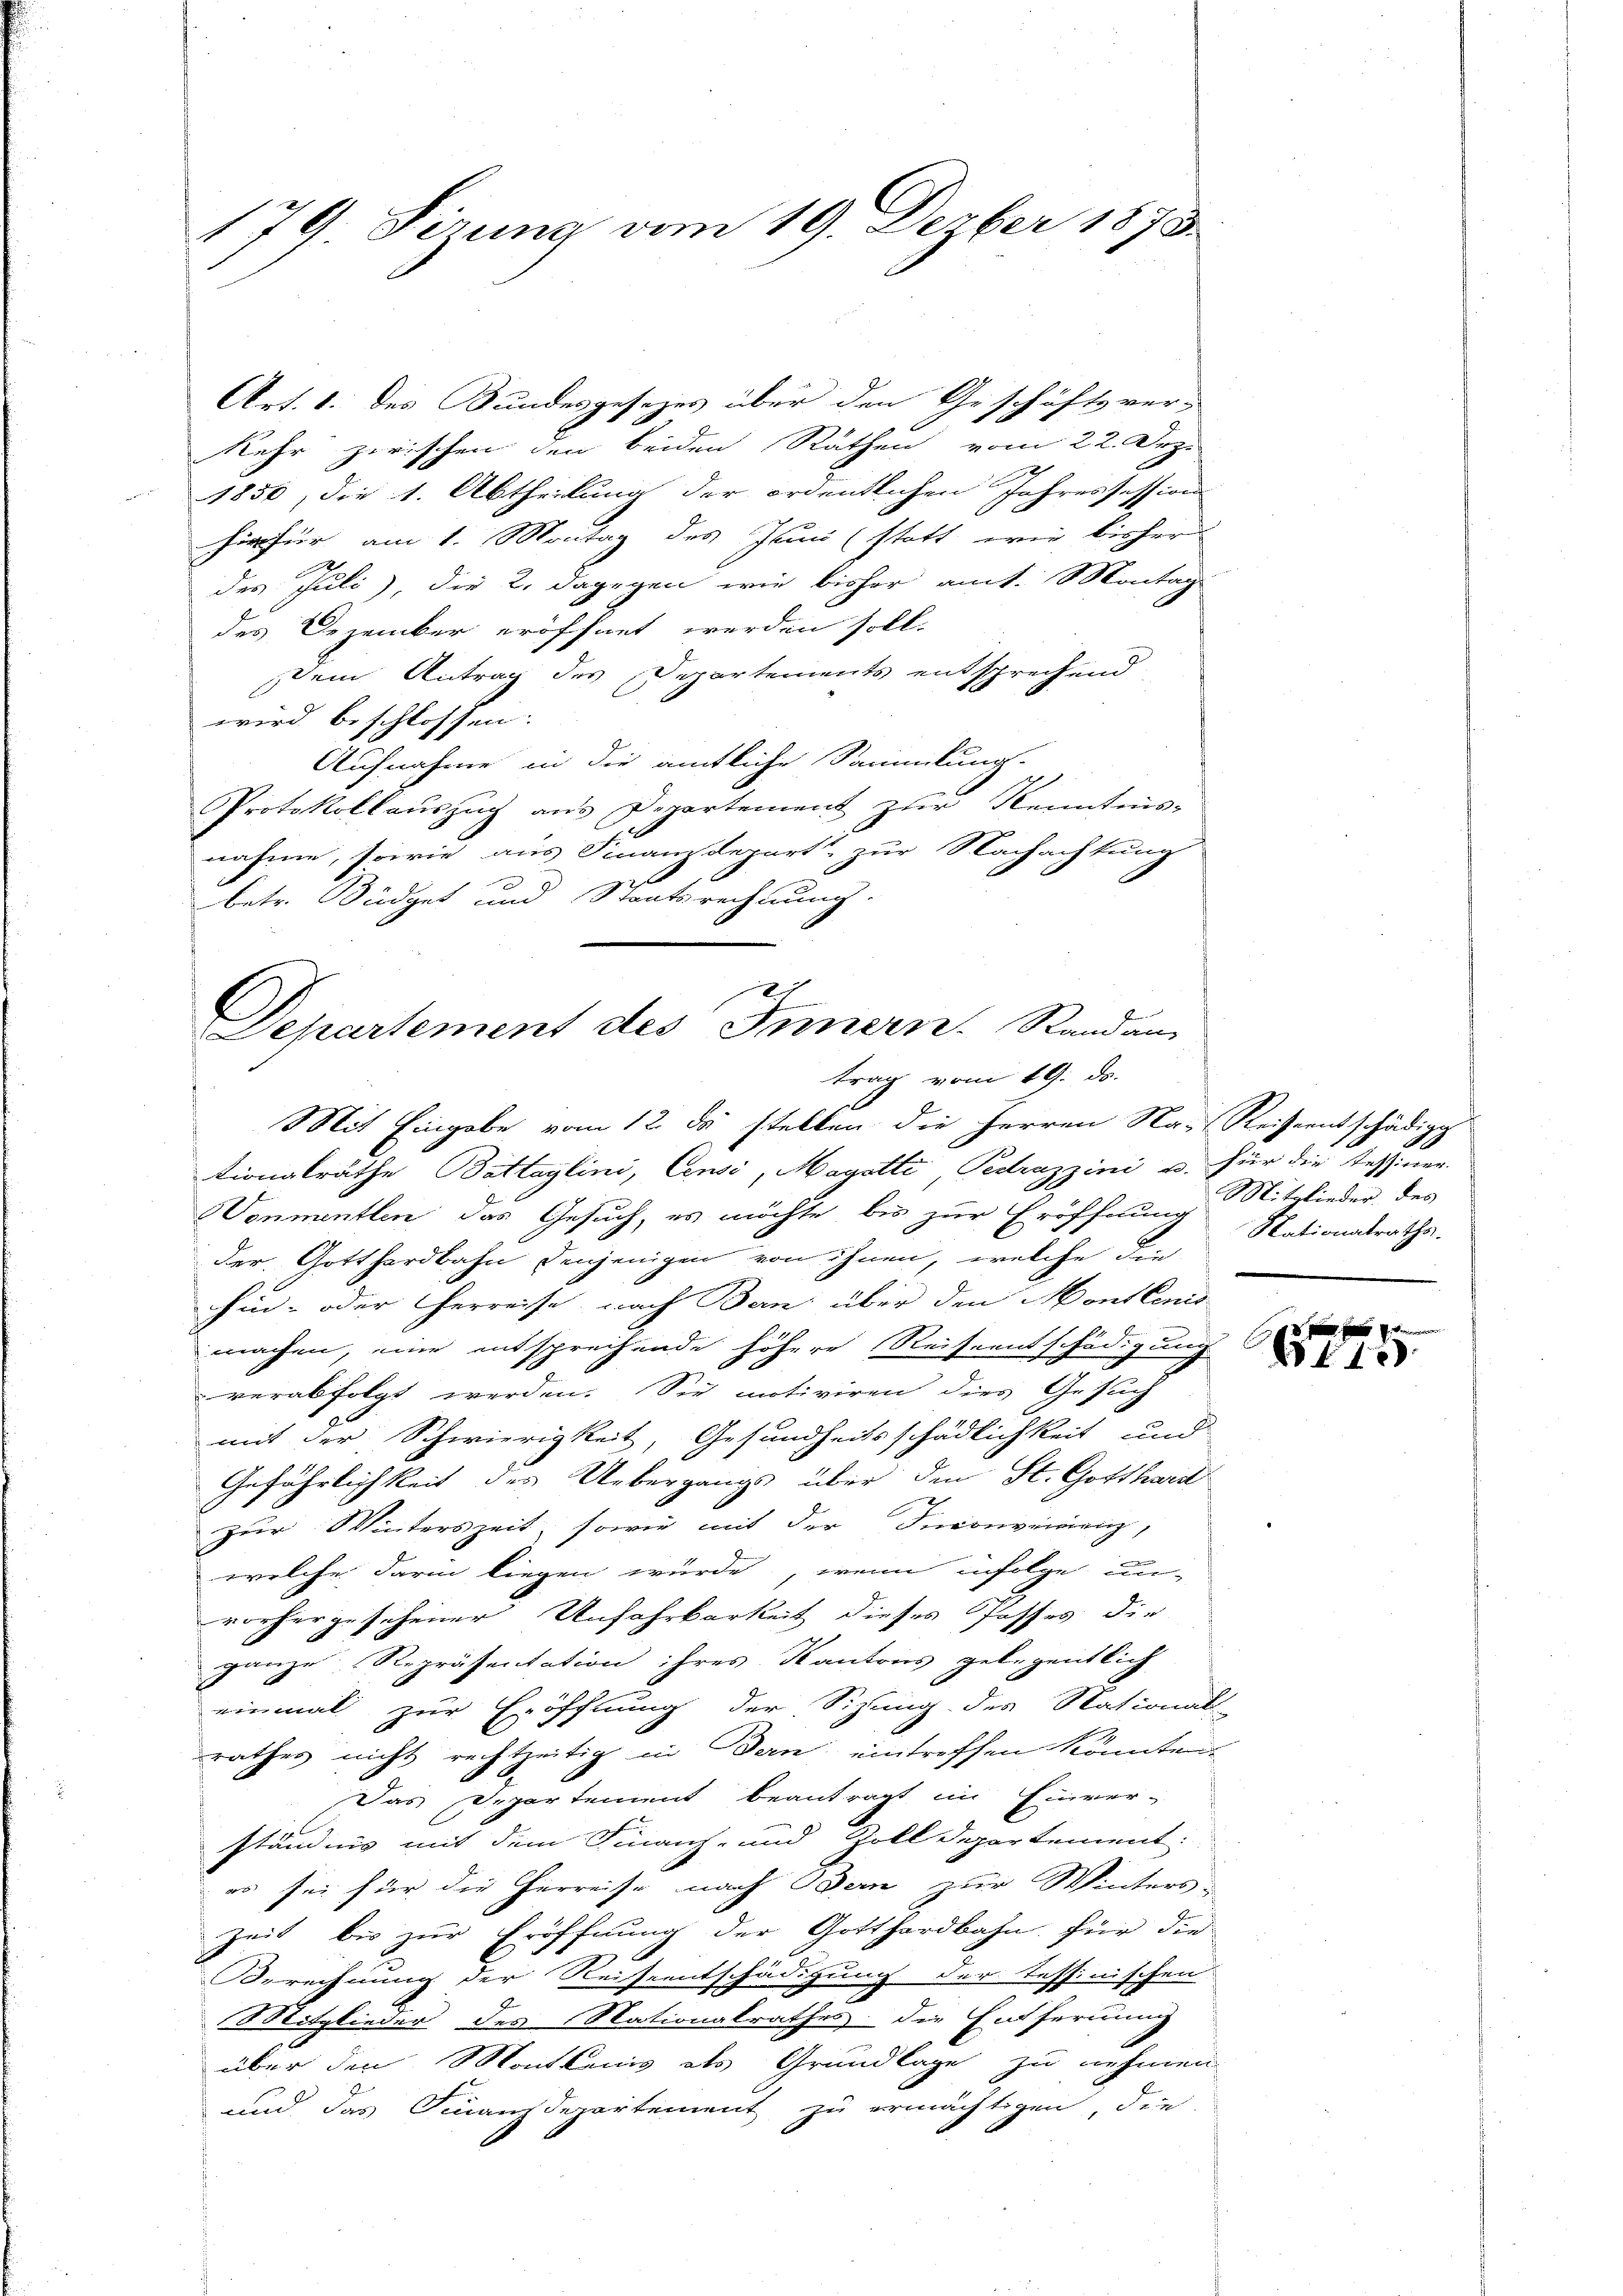
179 Sirung am 19. Derber 1873.

Art. 1. des Bundesgesezes über den Geschäftsver-
Kehr zwischen den beiden Rathen vom 22. Dez.
1850, die 1. Abtheilung der ordentlichen Jahressession
hirfür am 1. Montag des Junii (statt wie bisher
des Juli), die 2. dagegen wie bisher amt. Montag
des Dezember eröffnet werden soll.
dem Antrag des Departements entsprechend
wird beschlossen:
Aufnahme in die amtliche Sammlung-
Protokollauszug aus Departement zur Kenntnis-
nahme, sowie aus Finanzdepart, zur Nachachtung
betr. Büdget und Staatsrechnung.
Mit Eingabe vom 12. ds. stellen die Herren Na-Keiseentschädig
tionalräthe Battaylini, Censi, Magstli, Pedrazzini u. für die Tessiner-
Vonmentlen das Gesuch, es möchte bis zur Eröffnung Nationalraths-
der Gotthardbahn denjenigen von ihnen, welche die
hin- oder Herreise, nach Bern über den Mont lenis
F
machen, eine entsprechende höhere Reiseentschädigung
verabfolgt werden. Sie motiviren dies Gesuch
mit der Schwierigkeit, Gesundheitsschädlichkeit und
Gefährlichkeit des Uebergangs über den St. Gott bewirt
zur Winterszeit, sowie mit der Inconvenienz,
welche darin liegen würde, wenn infolge un-
vorhergesehener Unfahrbarkeit dieses Passes die
ganze Repräsentation ihres Kantons gelegentlich
einmal zur Eröffnung der Sizung des National-
rathes nicht rechtzeitig in Bern eintreffen könnte.
Das Departement beantragt im Einver-
ständnis mit dem Finanz- und Zolldepartement:
es sei für die Herreise nach Bern zur Winters-
Zeit bis zur Eröffnung der Gotthardbahn für die
Oerechnung der Reiseentschädigung der Tessinischen
Mitglieder des Nationalrathes die Entfernung
über den Montanis des Grundlage zu nehmen
und das Finanzdepartement zu ermächtigen, die

2
Departement des Innern. Randan
trag vom 19. ds.

Mitglieder des

E
t1